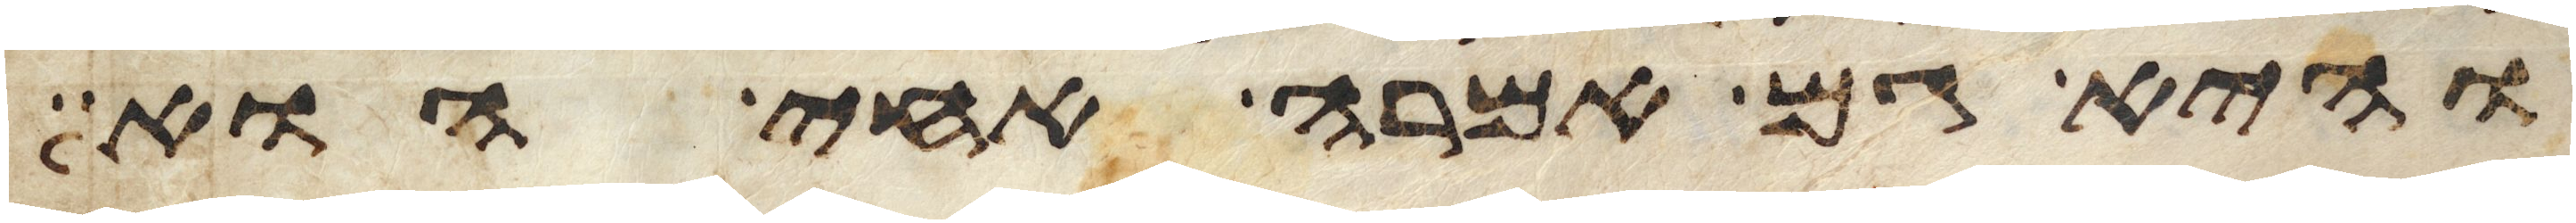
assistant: והיא גם אמרה אחי הוא